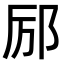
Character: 𫟫